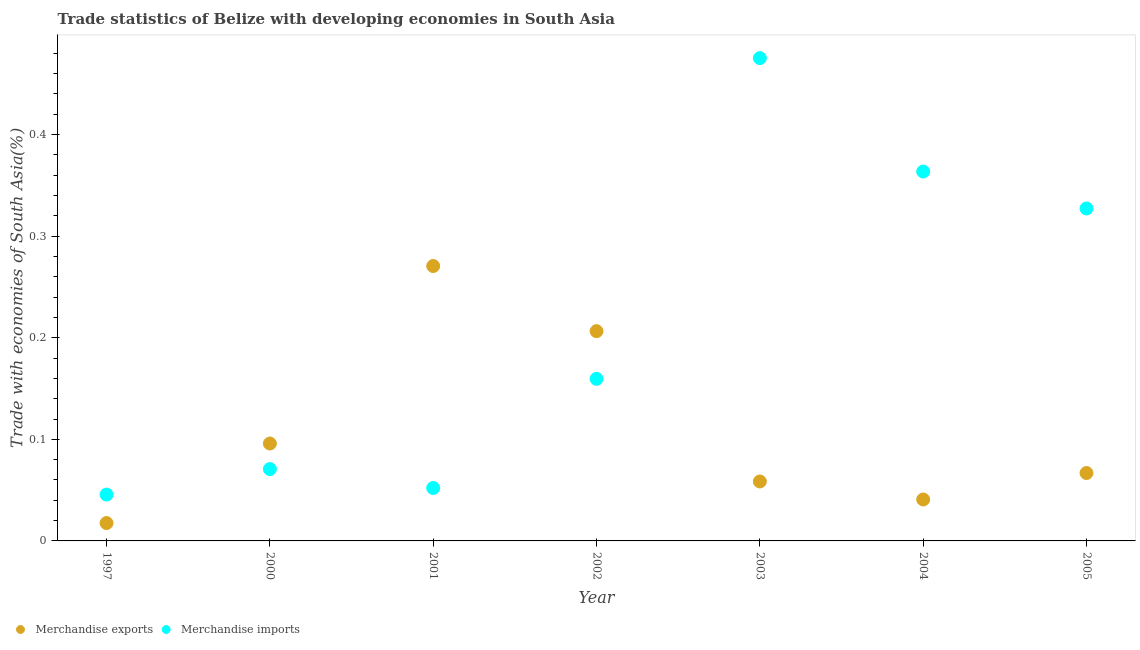
| Year | Merchandise exports | Merchandise imports |
 | --- | --- | --- |
 | 1997 | 0.0176 | 0.0456 |
 | 2000 | 0.0959 | 0.0707 |
 | 2001 | 0.271 | 0.0521 |
 | 2002 | 0.207 | 0.16 |
 | 2003 | 0.0585 | 0.475 |
 | 2004 | 0.0408 | 0.364 |
 | 2005 | 0.0669 | 0.327 |